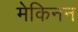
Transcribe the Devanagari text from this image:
मेकिनन